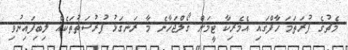
މެޗުގެ ފުރަތަމަ ހާފްގައި އެމެރިކާ ޓީމަށް ގޯލްޖަހާނެ މާ ރަނގަޅު ފުރުސަތުތަކެއް ލިބިފައިނުވި